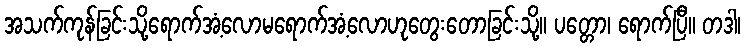
အသက်ကုန်ခြင်းသို့ရောက်အံ့လောမရောက်အံ့လောဟုတွေးတောခြင်းသို့။ ပတ္တော၊ ရောက်ပြီ။ တဒါ၊